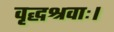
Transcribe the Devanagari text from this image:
वृद्धश्रवाः।